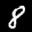
Label: 8